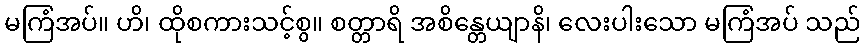
မကြံအပ်။ ဟိ၊ ထိုစကားသင့်စွ။ စတ္တာရိ အစိန္တေယျာနိ၊ လေးပါးသော မကြံအပ် သည်